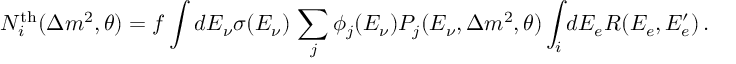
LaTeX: N _ { i } ^ { \mathrm { t h } } ( \Delta m ^ { 2 } , \theta ) = f \int d E _ { \nu } \sigma ( E _ { \nu } ) \, \sum _ { j } \phi _ { j } ( E _ { \nu } ) P _ { j } ( E _ { \nu } , \Delta m ^ { 2 } , \theta ) \int _ { i } d E _ { e } R ( E _ { e } , E _ { e } ^ { \prime } ) \, .